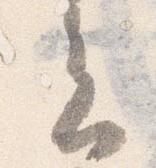
会